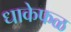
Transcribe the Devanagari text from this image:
धाकेफळ